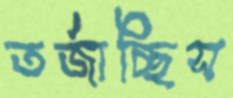
তর্জাচ্ছিস